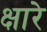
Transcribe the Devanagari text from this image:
क्षारे